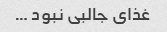
غذای جالبی نبود …